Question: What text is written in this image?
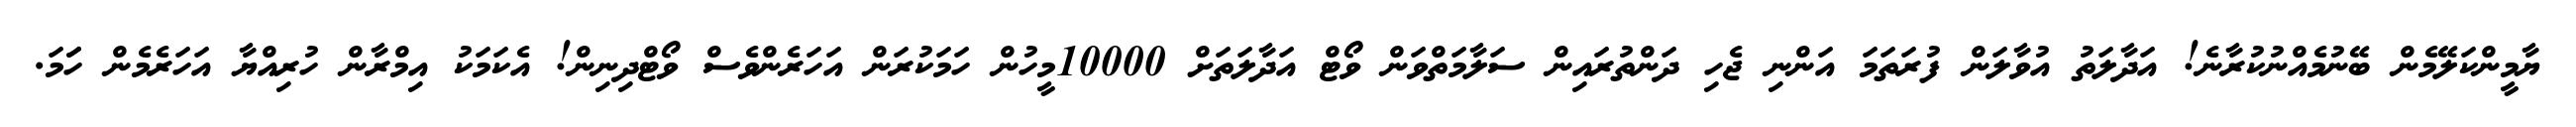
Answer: ޔާމީންކަލޭމެން ބޭނުމެއްނުކުރާނެ! އަދާލަތު އުވާލަން ފުރަތަމަ އަންނި ޖެހި ދަންތުރައިން ސަލާމަތްވަން ވޯޓް އަދާލަތަށް 10000މީހުން ހަމަކުރަން އަހަރެންވެސް ވޯޓްދިނިން! އެކަމަކު އިމްރާން ހުރިއްޔާ އަހަރެމެން ހަަމަ.